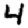
Digit: 4